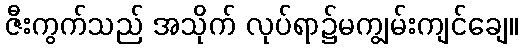
ဇီးကွက်သည် အသိုက် လုပ်ရာ၌မကျွမ်းကျင်ချေ။